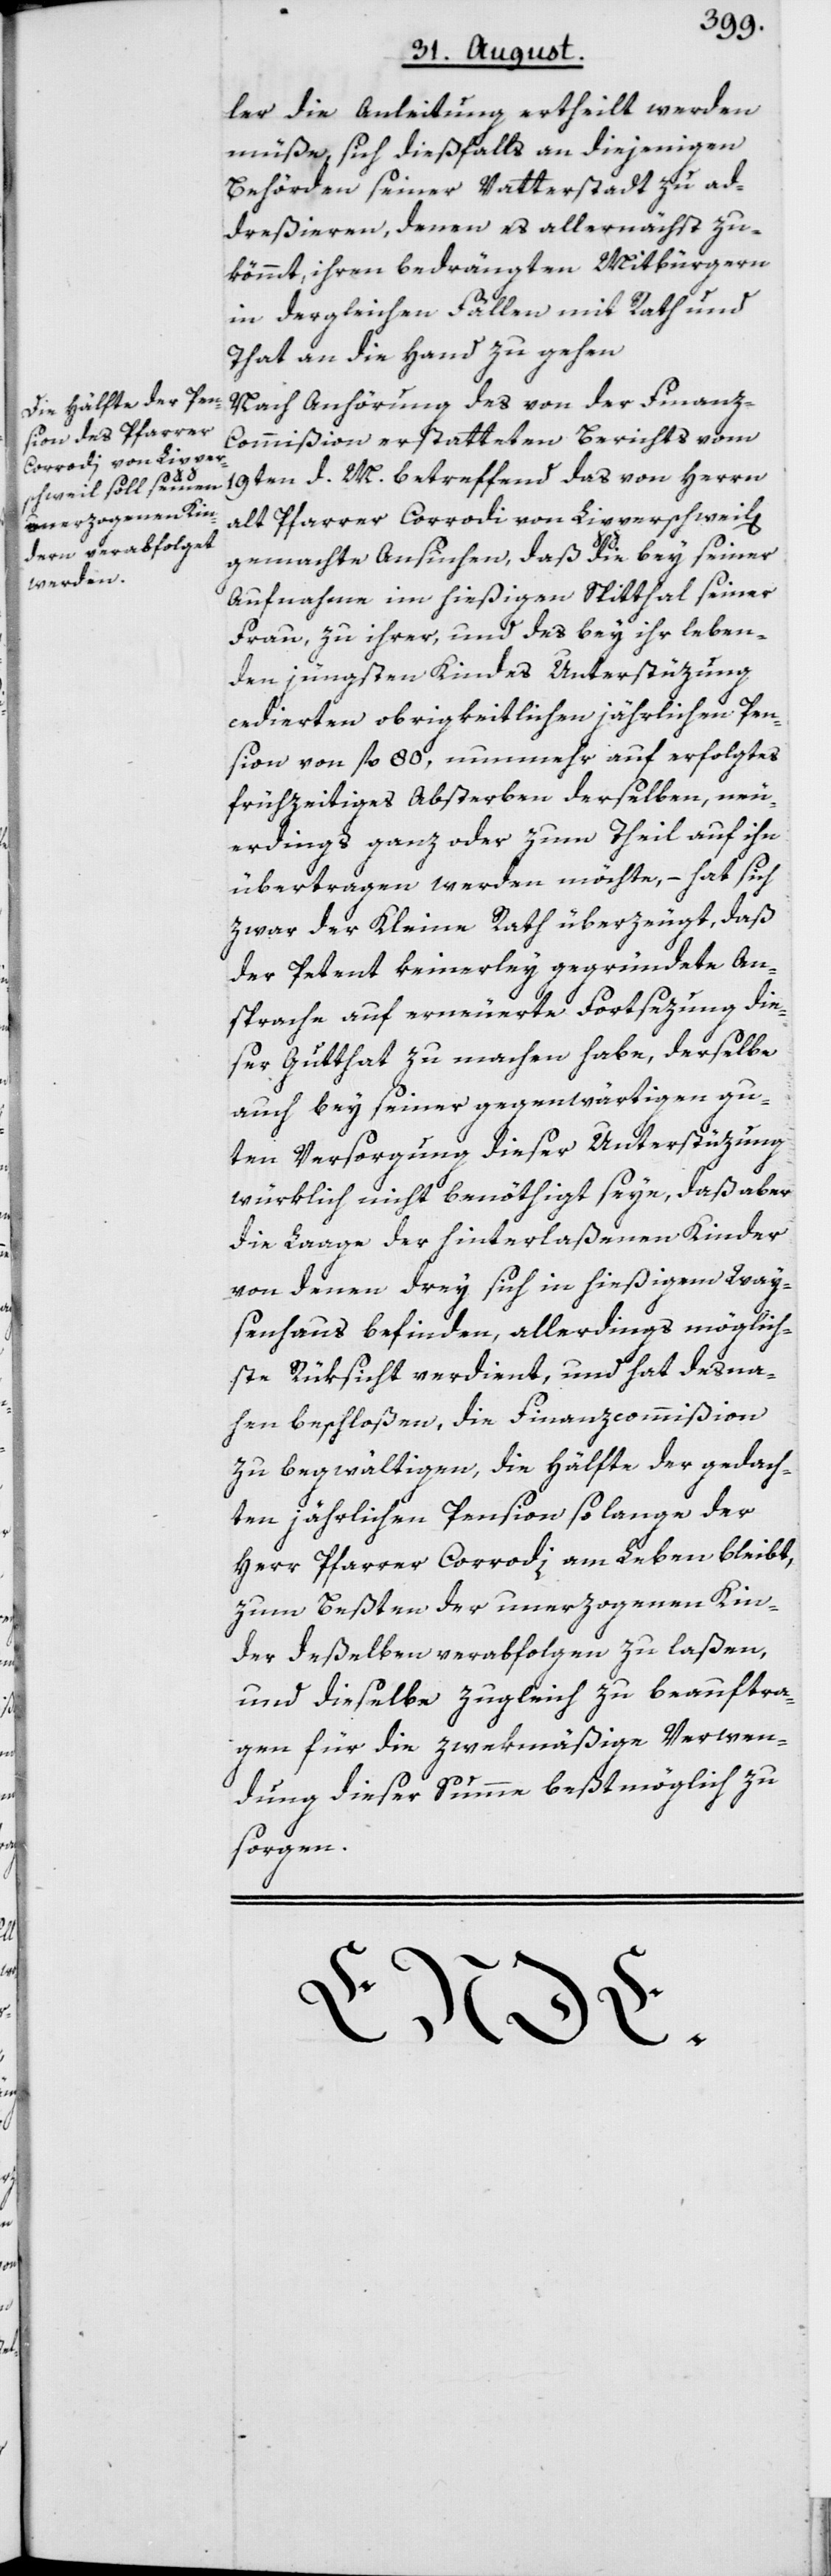
ler die Anleitung ertheilt werden
müße, sich dießfalls an diejenigen
Behörden seiner Vatterstadt zu ad¬
dreßieren, denen es allernächst zu¬
kömmt, ihren bedrängten Mitbürgern
in dergleichen Fällen mit Rath und
That an die Hand zu gehen[.]
Nach Anhörung des von der Finanz-C¬
ommißion erstatteten Berichts vom
19ten d. M. betreffend das von Herrn
alt Pfarrer Corrodi von Lipperschweil[en]
gemachte Ansuchen, daß die bey seiner
Aufnahme im hießigen Spitthal seiner
Frau, zu ihrer, und des bey ihr leben¬
den jüngsten Kindes Unterstüzung
cedierten obrigkeitlichen jährlichen Pen¬
sion von fl. 80, nunmehr auf erfolgtes
frühzeitiges Absterben derselben, neu¬
erdings ganz oder zum Theil auf ihn
übertragen werden möchte, – hat sich
zwar der Kleine Rath überzeugt, daß
der Petent keinerley gegründete An¬
sprache auf erneuerte Fortsezung die¬
ser Gutthat zu machen habe, derselbe
auch bey seiner gegenwärtigen gu¬
ten Versorgung dieser Unterstüzung
würklich nicht benöthigt seye, daß aber
die Laage der hinterlaßenen Kinder
von denen drey sich in hießigem Way¬
senhaus befinden, allerdings möglich¬
ste Rüksicht verdient, und hat desna¬
hen beschloßen, die Finanzcommißion
zu begwältigen, die Hälfte der gedach¬
ten jährlichen Pension so lange der
Herr Pfarrer Corrodi am Leben bleibt,
zum Beßten der unerzogenen Kin¬
der deßelben verabfolgen zu laßen,
und dieselbe zugleich zu beauftra¬
gen für die zwekmäßige Verwen¬
dung dieser Summe beßtmöglich zu
sorgen.